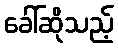
ခေါ်ဆိုသည့်